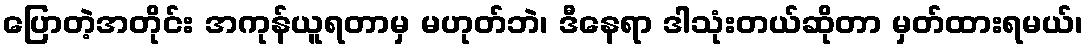
ပြောတဲ့အတိုင်း အကုန်ယူရတာမှ မဟုတ်ဘဲ၊ ဒီနေရာ ဒါသုံးတယ်ဆိုတာ မှတ်ထားရမယ်၊